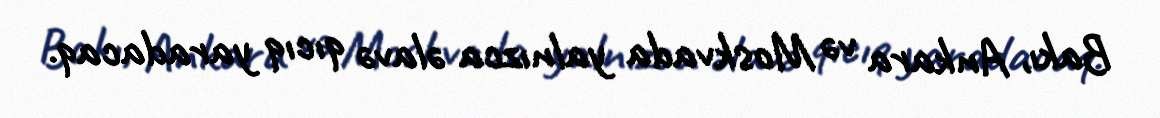
Bakı, Ankara və Moskvada yalnızca əlavə qıcıq yaradacaq.